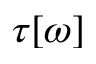
\tau [ \omega ]